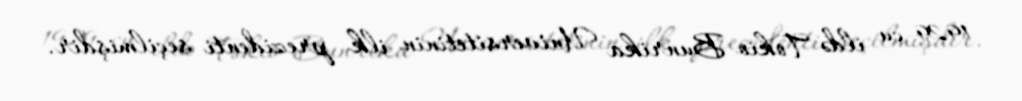
1929-cu ildə Tokio Bunrika Universitetinin ilk prezidenti seçilmişdir.